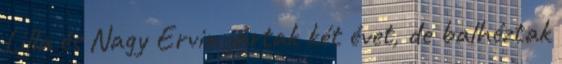
Lilla és Nagy Ervin jártak két évet, de balhéztak